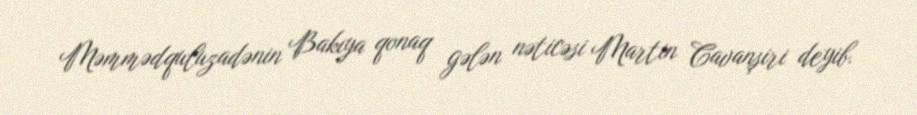
Məmmədquluzadənin Bakıya qonaq gələn nəticəsi Martin Cavanşiri deyib.